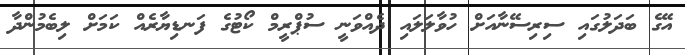
އޭގެ ބަދަލުގައި ސިރިސޭނާއަށް ހުވާލަލައި ދެއްވަނީ ސުޕްރީމް ކޯޓުގެ ފަނޑިޔާރެއް ކަަމަށް ލިބެމުންދާ